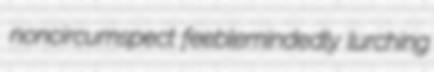
noncircumspect feeblemindedly lurching